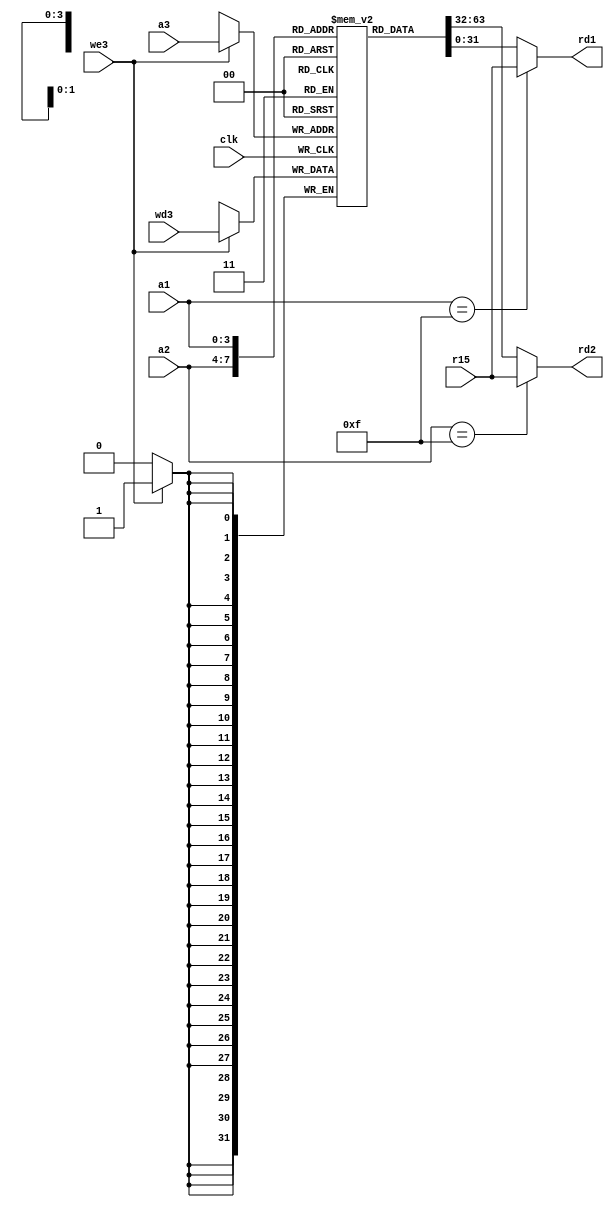
module register_file_12(input clk,input we3,
                     input [3:0]a1,input [3:0]a2,input [3:0]a3,
                     input [31:0] wd3,input [31:0] r15,
                     output [31:0]rd1 ,output[31:0] rd2 
                    );
                    reg[31:0] mem[0:14];
                    always@(posedge clk)
							if(we3) mem[a3]<=wd3;
					assign rd1 = (a1 == 4'b1111) ? r15 : mem[a1];
					assign rd2 = (a2 == 4'b1111) ? r15 : mem[a2];
endmodule